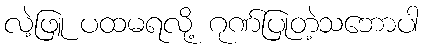
လဲ့ဖြူ ပထမရလို့ ဂုဏ်ပြုတဲ့သဘောပါ